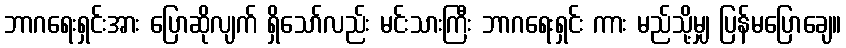
ဘာဂရေးရှင်းအား ပြောဆိုလျက် ရှိသော်လည်း မင်းသားကြီး ဘာဂရေးရှင်း ကား မည်သို့မျှ ပြန်မပြောချေ။